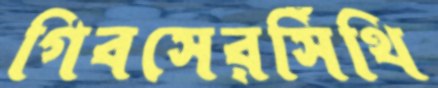
গিবসেরসিঁথি